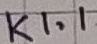
Text: K1.1